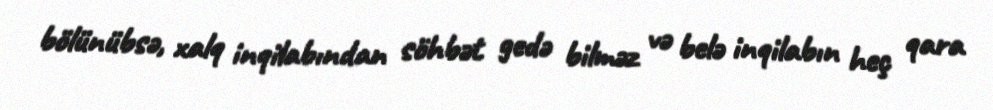
bölünübsə, xalq inqilabından söhbət gedə bilməz və belə inqilabın heç qara